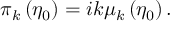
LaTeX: \pi _ { k } \left( \eta _ { 0 } \right) = i k \mu _ { k } \left( \eta _ { 0 } \right) .